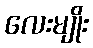
လေးမျိုး